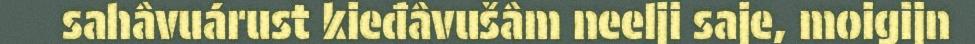
sahâvuárust kieđâvušâm neelji saje, moigijn